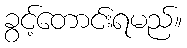
ခွင့်တောင်းရမည်။